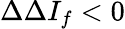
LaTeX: \Delta\Delta I_{f}<0